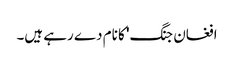
افغان جنگ' کا نام دے رہے ہیں۔